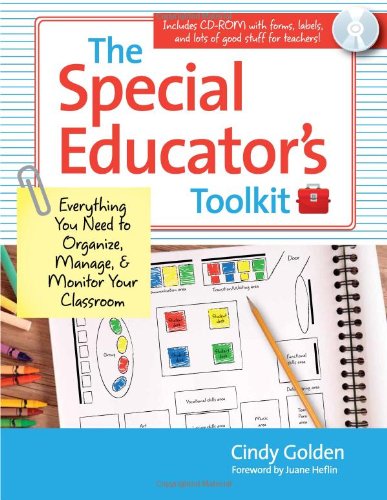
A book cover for The Special Educator's Toolkit: Everything You Need to Organize, Manage, and Monitor Your Classroom; Cindy Golden Ed.D; Health, Fitness & Dieting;